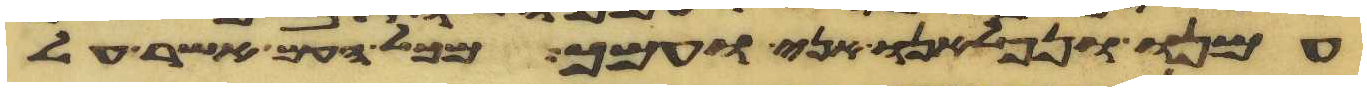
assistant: עמנו ונפלאנו אני ועמך מכל העם אשר על